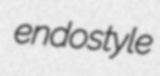
endostyle